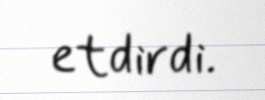
etdirdi.